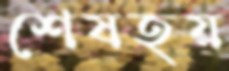
শেষহয়